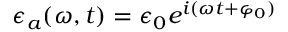
\epsilon _ { a } ( \omega , t ) = \epsilon _ { 0 } e ^ { i ( \omega t + \varphi _ { 0 } ) }